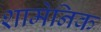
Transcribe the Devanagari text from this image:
शामेनिक